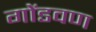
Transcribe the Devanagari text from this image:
गोंडवण